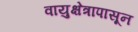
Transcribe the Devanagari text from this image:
वायुक्षेत्रापासून